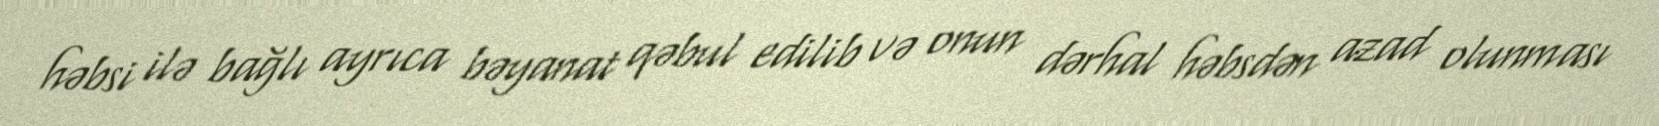
həbsi ilə bağlı ayrıca bəyanat qəbul edilib və onun dərhal həbsdən azad olunması